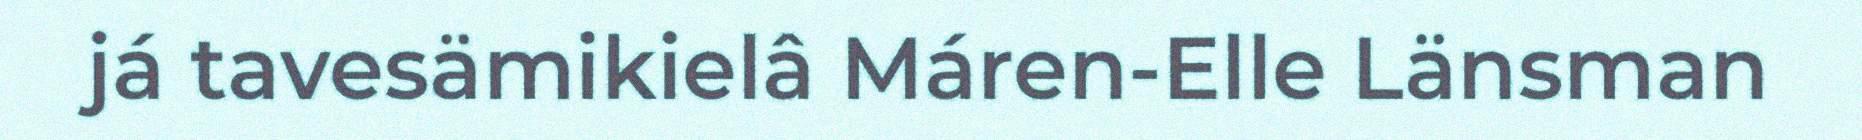
já tavesämikielâ Máren-Elle Länsman